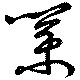
業